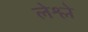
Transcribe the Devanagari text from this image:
लेश्ले